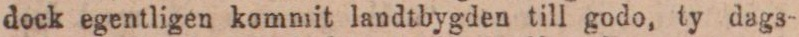
dock egentligen kommit landtbygden till godo, ty dags-